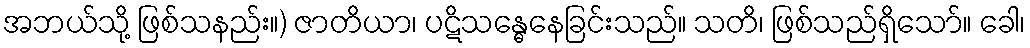
အဘယ်သို့ ဖြစ်သနည်း။) ဇာတိယာ၊ ပဋိသန္ဓေနေခြင်းသည်။ သတိ၊ ဖြစ်သည်ရှိသော်။ ခေါ၊